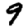
Digit: 9